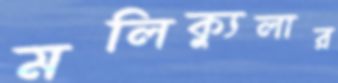
মলিক্যুলার